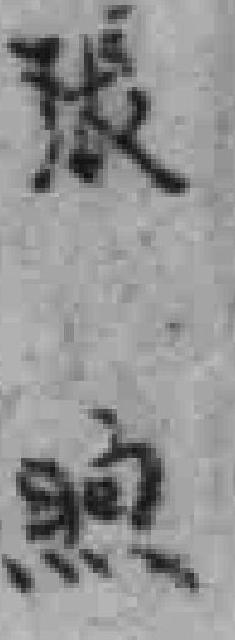
張煦